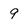
Character: 9